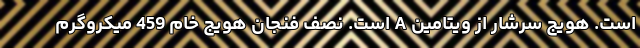
است. هویج سرشار از ویتامین A است. نصف فنجان هویج خام 459 میکروگرم